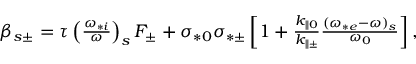
\begin{array} { r } { \beta _ { s \pm } = \tau \left( \frac { \omega _ { * i } } { \omega } \right) _ { s } F _ { \pm } + \sigma _ { * 0 } \sigma _ { * \pm } \left[ 1 + \frac { k _ { \parallel 0 } } { k _ { \parallel \pm } } \frac { ( \omega _ { * e } - \omega ) _ { s } } { \omega _ { 0 } } \right] , } \end{array}